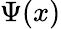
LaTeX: \Psi(x)